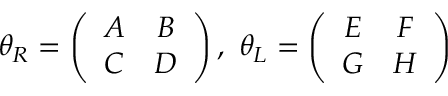
\theta _ { R } = \left( \begin{array} { c c } { { A } } & { { B } } \\ { { C } } & { { D } } \end{array} \right) , \ \theta _ { L } = \left( \begin{array} { c c } { { E } } & { { F } } \\ { { G } } & { { H } } \end{array} \right)